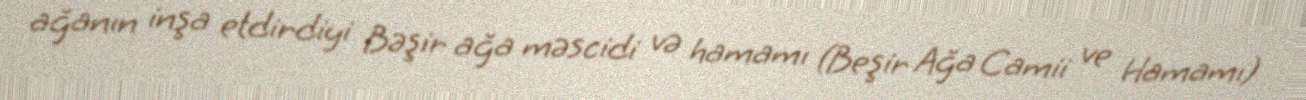
ağanın inşa etdirdiyi Bəşir ağa məscidi və hamamı (Beşir Ağa Camii ve Hamamı)